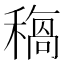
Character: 𥡺